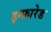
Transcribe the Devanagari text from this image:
इन्‍फ्रारेड